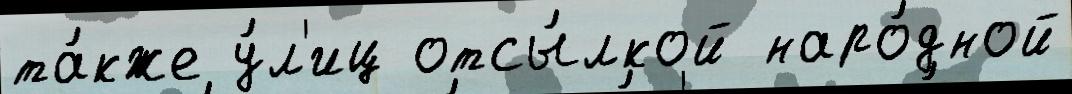
та́кже у́л'иц отсы́лкой наро́дной